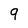
Character: 9